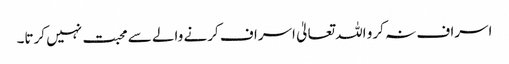
اسراف نہ کرو اللہ تعالیٰ اسراف کرنے والے سے محبت نہیں کرتا۔